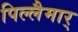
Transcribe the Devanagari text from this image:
पिल्लैमार्